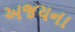
અજયના